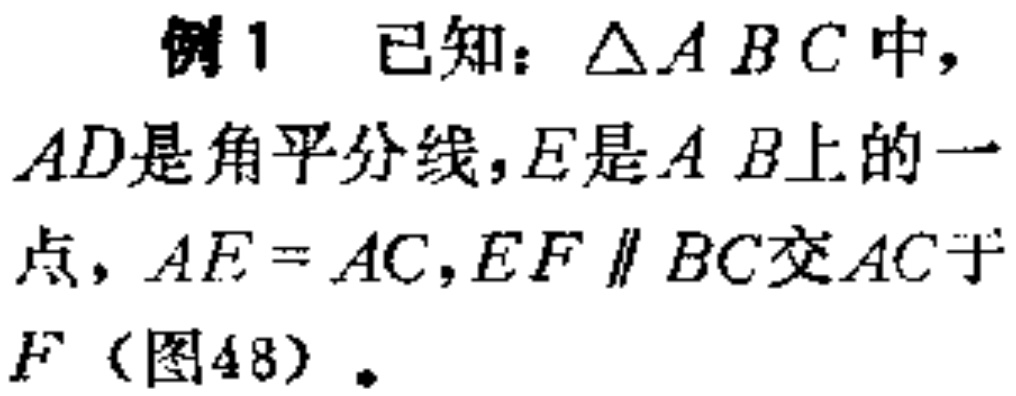
例1 已知：$\triangle ABC$中，
$AD$是角平分线，$E$是$AB$上的一
点，$AE = AC$，$EF\parallel BC$交$AC$于
$F$（图48）.